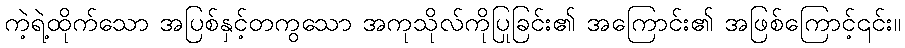
ကဲ့ရဲ့ထိုက်သော အပြစ်နှင့်တကွသော အကုသိုလ်ကိုပြုခြင်း၏ အကြောင်း၏ အဖြစ်ကြောင့်၎င်း။